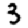
Digit: 3